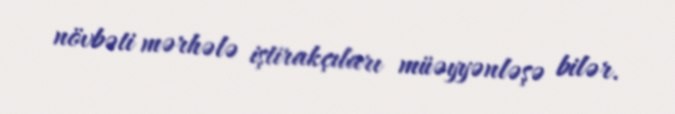
növbəti mərhələ iştirakçıları müəyyənləşə bilər.